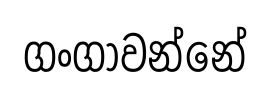
ගංගාවන්නේ